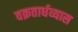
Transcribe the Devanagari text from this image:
वक्रतार्धव्यास